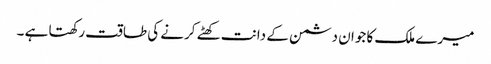
میرے ملک کا جوان دشمن کے دانت کھٹے کرنے کی طاقت رکھتا ہے ۔